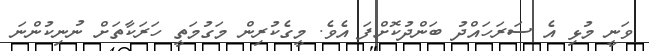
ވަނީ މުޅި އެ ސަރަހައްދު ބަންދުކޮށްފަ އެވެ. މީގެކުރިން މަގުމަތީ ހަރަކާތަށް ނުނިކުންނަ